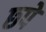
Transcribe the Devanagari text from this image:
छ्पे